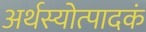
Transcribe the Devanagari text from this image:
अर्थस्योत्पादकं